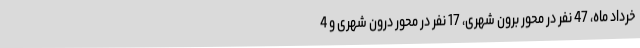
خرداد ماه، 47 نفر در محور برون شهری، 17 نفر در محور درون شهری و 4